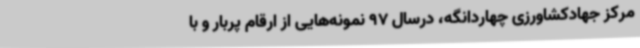
مرکز جهادکشاورزی چهاردانگه، درسال 97 نمونه‌هایی از ارقام پربار و با